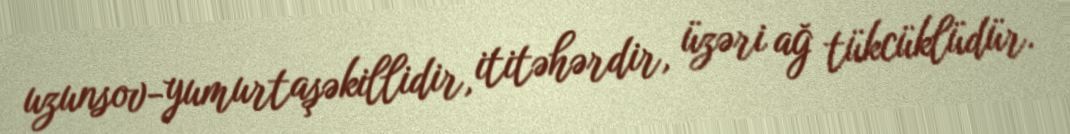
uzunsov-yumurtaşəkillidir, ititəhərdir, üzəri ağ tükcüklüdür.